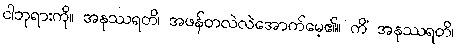
ငါဘုရားကို။ အနုဿရတိ၊ အဖန်တလဲလဲအောက်မေ့၏။ ကိံ အနုဿရတိ၊